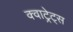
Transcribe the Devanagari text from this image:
क्वाट्रेट्स